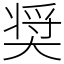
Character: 奨